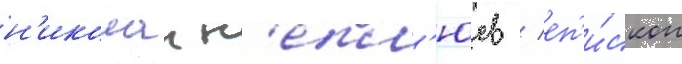
н'иколаи н'епл'юев / еп'и́скоп